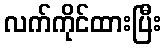
လက်ကိုင်ထားပြီး